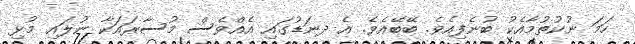
ހަމަ ނުކުތުމާއެކު ބުނެފިއެވެ. ބޭބޭއެވެ. އެ ދނަޑުގައި އެއްވެސް މުސާރައަކާ ނުލައި މުޅި